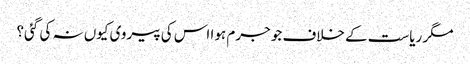
مگر ریاست کے خلاف جو جرم ہوا اس کی پیروی کیوں نہ کی گئی؟